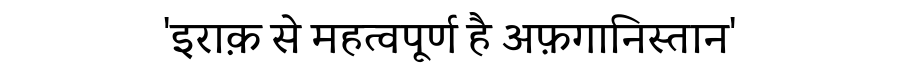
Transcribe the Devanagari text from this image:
'इराक़ से महत्वपूर्ण है अफ़गानिस्तान'